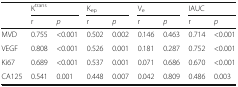
| <ROWSPAN=2>  | <COLSPAN=2> Ktrans | <COLSPAN=2> Kep | <COLSPAN=2> Ve | <COLSPAN=2> IAUC |
 | r | p | r | p | r | p | r | p |
 | --- | --- | --- | --- | --- | --- | --- | --- | --- |
 | MVD | 0.755 | <0.001 | 0.502 | 0.002 | 0.146 | 0.463 | 0.714 | <0.001 |
 | VEGF | 0.808 | <0.001 | 0.526 | 0.001 | 0.181 | 0.287 | 0.752 | <0.001 |
 | Ki67 | 0.689 | <0.001 | 0.537 | 0.001 | 0.071 | 0.686 | 0.670 | <0.001 |
 | CA125 | 0.541 | 0.001 | 0.448 | 0.007 | 0.042 | 0.809 | 0.486 | 0.003 |